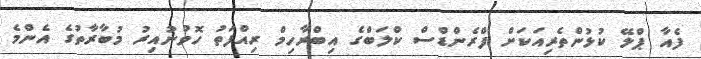
ފެއާ ޕްލޭ ކުޅުންތެރިއަކަށް ފްރެންޑްސް ކްލަބްގެ އިބްރާހިމް ރިއްފަތު ހޮވުނުއިރު މުބާރާތުގެ އެންމެ